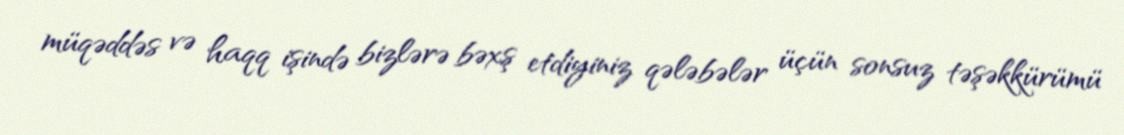
müqəddəs və haqq işində bizlərə bəxş etdiyiniz qələbələr üçün sonsuz təşəkkürümü